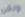
ولكن